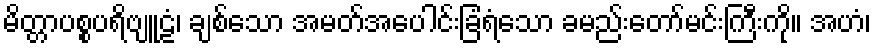
မိတ္တာပစ္စပရိဗျူဠံ၊ ချစ်သော အမတ်အပေါင်းခြံရံသော ခမည်းတော်မင်းကြီးကို။ အဟံ၊